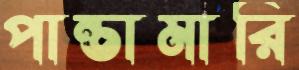
পান্তামারি